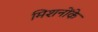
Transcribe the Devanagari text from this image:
मिशनोंके